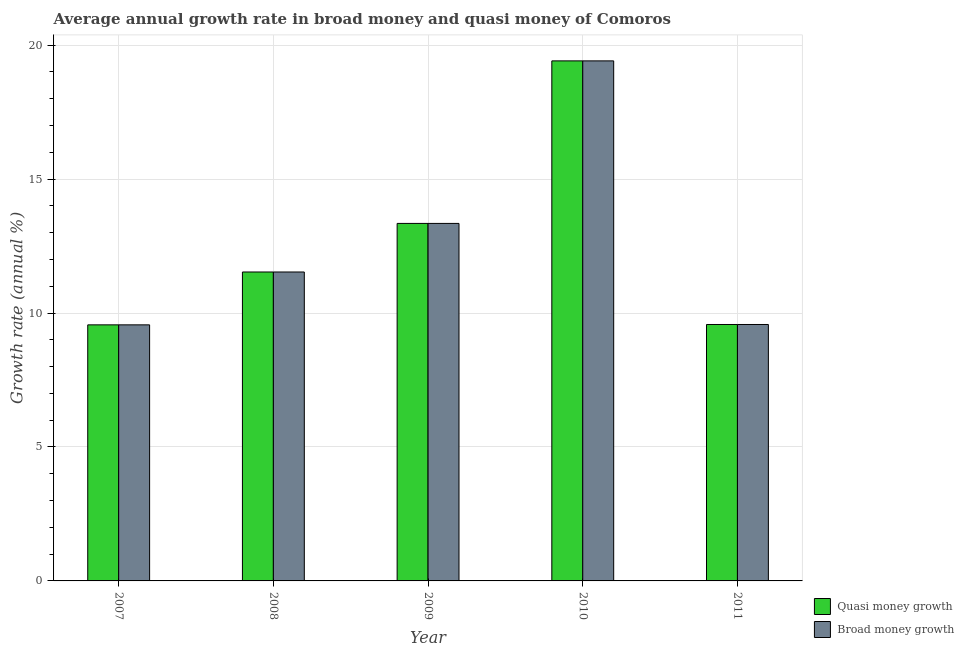
| Year | Quasi money growth | Broad money growth |
 | --- | --- | --- |
 | 2007 | 9.56 | 9.56 |
 | 2008 | 11.5 | 11.5 |
 | 2009 | 13.3 | 13.3 |
 | 2010 | 19.4 | 19.4 |
 | 2011 | 9.57 | 9.57 |